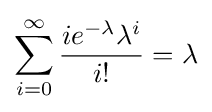
\sum _{i=0}^{\infty }{\frac {ie^{-\lambda }\lambda ^{i}}{i!}}=\lambda